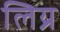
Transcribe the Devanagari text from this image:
लिय्र